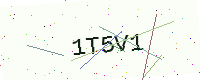
Text: 1T5V1